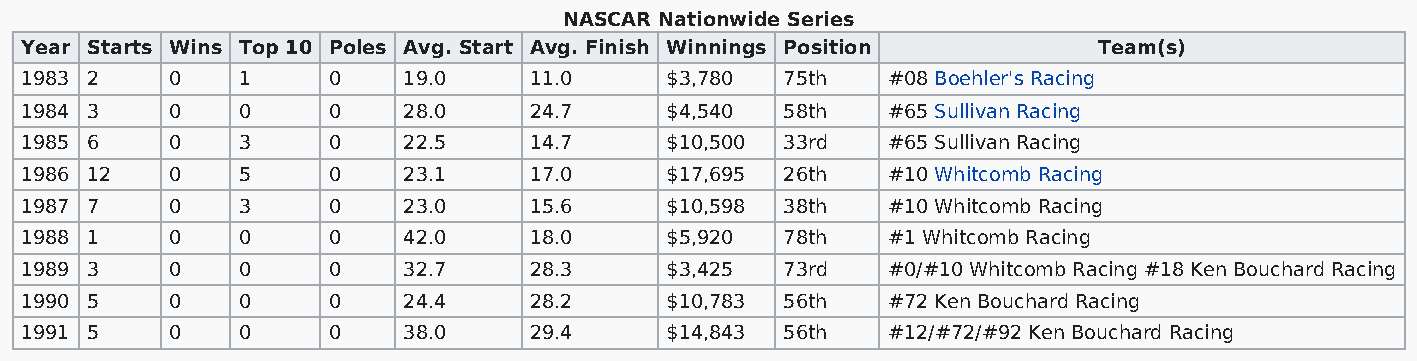
NASCAR Nationwide Series
 Year Starts Wins Top 10 Poles Avg. Start Avg. Finish Winnings Position  Team(s)
 1983 2    0    1     0    19.0    11.0     $3,780  75th   #08 Boehler's Racing
 1984 3    0    0     0    28.0    24.7     $4,540  58th   #65 Sullivan Racing
 1985 6    0    3     0    22.5    14.7     $10,500 33rd   #65 Sullivan Racing
 1986 12   0    5     0    23.1    17.0     $17,695 26th   #10 Whitcomb Racing
 1987 7    0    3     0    23.0    15.6     $10,598 38th   #10 Whitcomb Racing
 1988 1    0    0     0    42.0    18.0     $5,920  78th   #1 Whitcomb Racing
 1989 3    0    0     0    32.7    28.3     $3,425  73rd   #0/#10 Whitcomb Racing #18 Ken Bouchard Racing
 1990 5    0    0     0    24.4    28.2     $10,783 56th   #72 Ken Bouchard Racing
 1991 5    0    0     0    38.0    29.4     $14,843 56th   #12/#72/#92 Ken Bouchard Racing